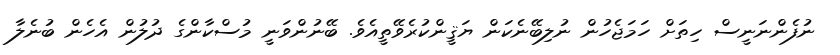
ނުފެންނަނީސް ހިތަށް ހަމަޖެހުން ނުލިބޭނެކަން ޔަޤީންކުރެވޭތީއެވެ. ބޭނުންވަނީ މުސްކާންގެ ދުލުން އެހެން ބުނެލާ